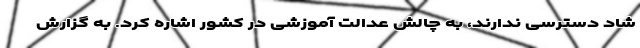
شاد دسترسی ندارند، به چالش عدالت آموزشی در کشور اشاره کرد. به گزارش